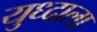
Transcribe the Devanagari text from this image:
युध्दाला